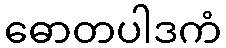
ဓောတပါဒကံ